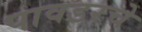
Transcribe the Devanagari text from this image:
पावडरचे